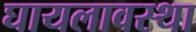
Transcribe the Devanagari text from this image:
घायलावस्था